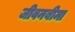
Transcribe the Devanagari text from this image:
जीवनबीमा